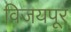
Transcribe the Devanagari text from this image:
विजयपूर